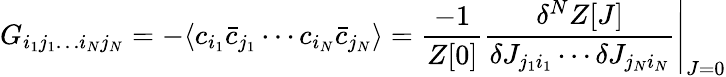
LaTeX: G_{i_{1}j_{1}\ldots i_{N}j_{N}}=-\langle c_{i_{1}}{\bar{c}}_{j_{1}}\cdots c_{i_{N}}{\bar{c}}_{j_{N}}\rangle={\frac{-1}{Z[0]}}\left.{\frac{\delta^{N}Z[J]}{\delta J_{j_{1}i_{1}}\cdots\delta J_{j_{N}i_{N}}}}\right|_{J=0}